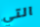
التي